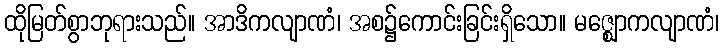
ထိုမြတ်စွာဘုရားသည်။ အာဒိကလျာဏံ၊ အစ၌ကောင်းခြင်းရှိသော။ မဇ္ဈောကလျာဏံ၊